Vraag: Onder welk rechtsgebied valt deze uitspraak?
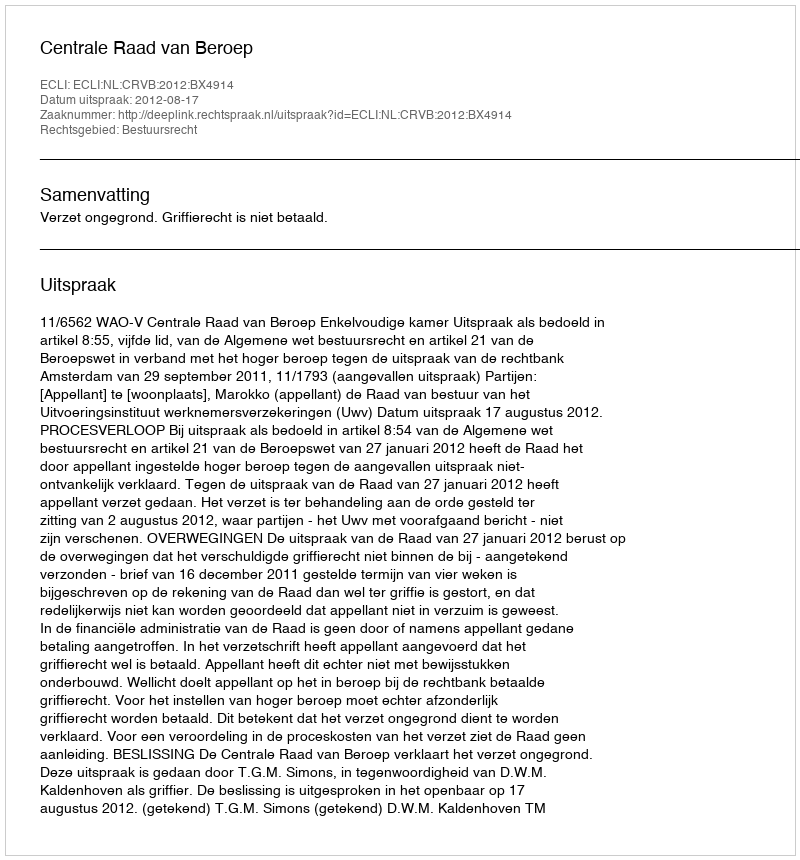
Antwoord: Bestuursrecht